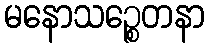
မနောသဉ္စေတနာ